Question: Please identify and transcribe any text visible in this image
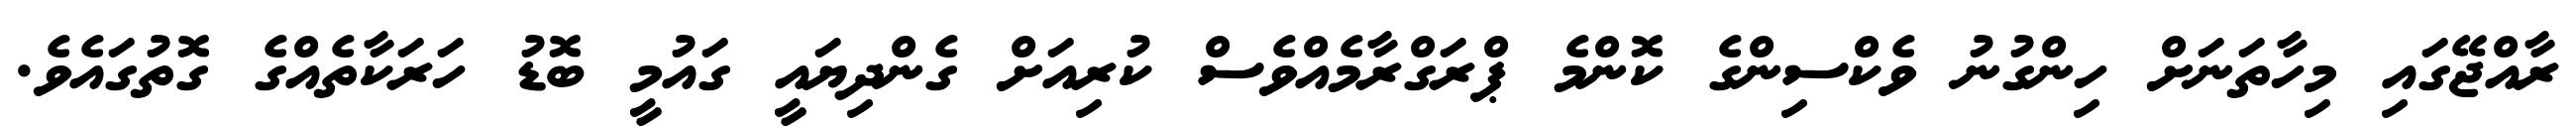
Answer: ރާއްޖޭގައި މިހާތަނަށް ހިންގުނު ވެކްސިންގެ ކޮންމެ ޕްރަގްރާމެއްވެސް ކުރިއަށް ގެންދިޔައީ ގައުމީ ބޮޑު ހަރަކާތެއްގެ ގޮތުގައެވެ.